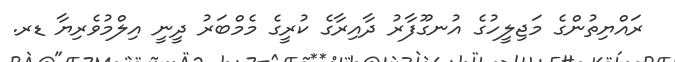
ރައްޔިތުންގެ މަޖިލީހުގެ އުނގޫފާރު ދާއިރާގެ ކުރީގެ މެމްބަރު ދީނީ އިލްމުވެރިޔާ ޑރ.